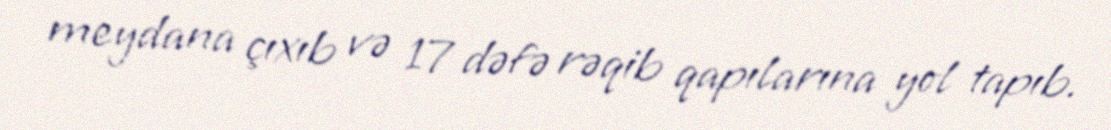
meydana çıxıb və 17 dəfə rəqib qapılarına yol tapıb.